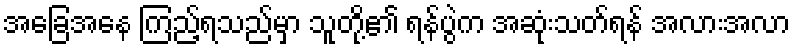
အခြေအနေ ကြည့်ရသည်မှာ သူတို့၏ ရန်ပွဲက အဆုံးသတ်ရန် အလားအလာ